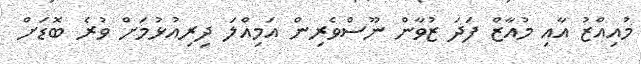
މުއިއްޒު އާއި މުއާޒް ފަދަ ޒުވާން ނޫސްވެރިން އަމިއްލަ ދިރިއުޅުމަށް ވުރެ ބޮޑަށް